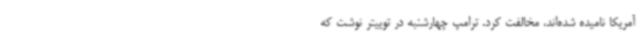
آمریکا نامیده شده‌اند، مخالفت کرد. ترامپ چهارشنبه در توییتر نوشت که